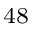
^ { 4 8 }